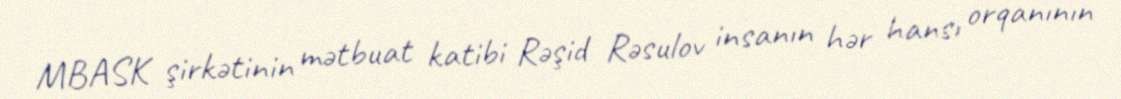
MBASK şirkətinin mətbuat katibi Rəşid Rəsulov insanın hər hansı orqanının